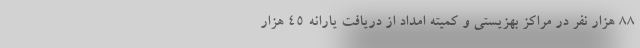
۸۸ هزار نفر در مراکز بهزیستی و کمیته امداد از دریافت یارانه ۴۵ هزار